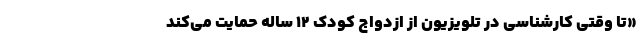
«تا وقتی کارشناسی در تلویزیون از ازدواج کودک ۱۲ ساله حمایت می‌کند